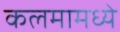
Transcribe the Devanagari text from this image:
कलमामध्ये